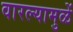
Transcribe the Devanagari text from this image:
वारल्यामुळें